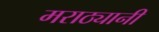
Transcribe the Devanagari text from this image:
मराठ्यानी